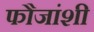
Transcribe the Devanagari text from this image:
फौजांशी